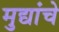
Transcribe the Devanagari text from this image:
मुद्यांचे